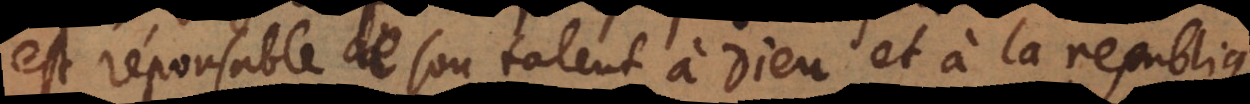
est ré[s]ponsable de son talent à Dieu et à la republique,